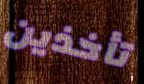
تأخذين